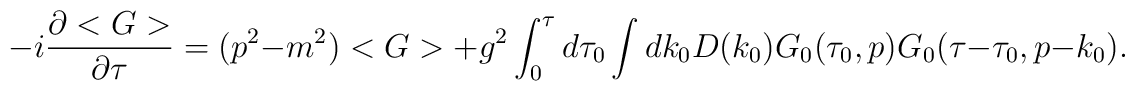
-i \frac{\partial <G>}{\partial \tau} = (p^2 -m^2) <G> + g^2 \int_0^\tau d \tau_0 \int dk_0 D(k_0) G_0(\tau_0,p) G_0(\tau-\tau_0,p-k_0).